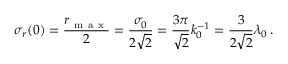
\sigma _ { r } ( 0 ) = \frac { r _ { \mathrm { ~ m ~ a ~ x ~ } } } { 2 } = \frac { \sigma _ { 0 } } { 2 \sqrt { 2 } } = \frac { 3 \pi } { \sqrt { 2 } } k _ { 0 } ^ { - 1 } = \frac { 3 } { 2 \sqrt { 2 } } \lambda _ { 0 } \, .